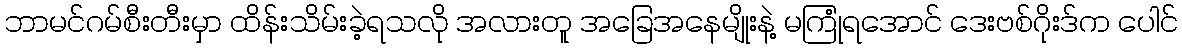
ဘာမင်ဂမ်စီးတီးမှာ ထိန်းသိမ်းခဲ့ရသလို အလားတူ အခြေအနေမျိုးနဲ့ မကြုံရအောင် ဒေးဗစ်ဂိုးဒ်က ပေါင်